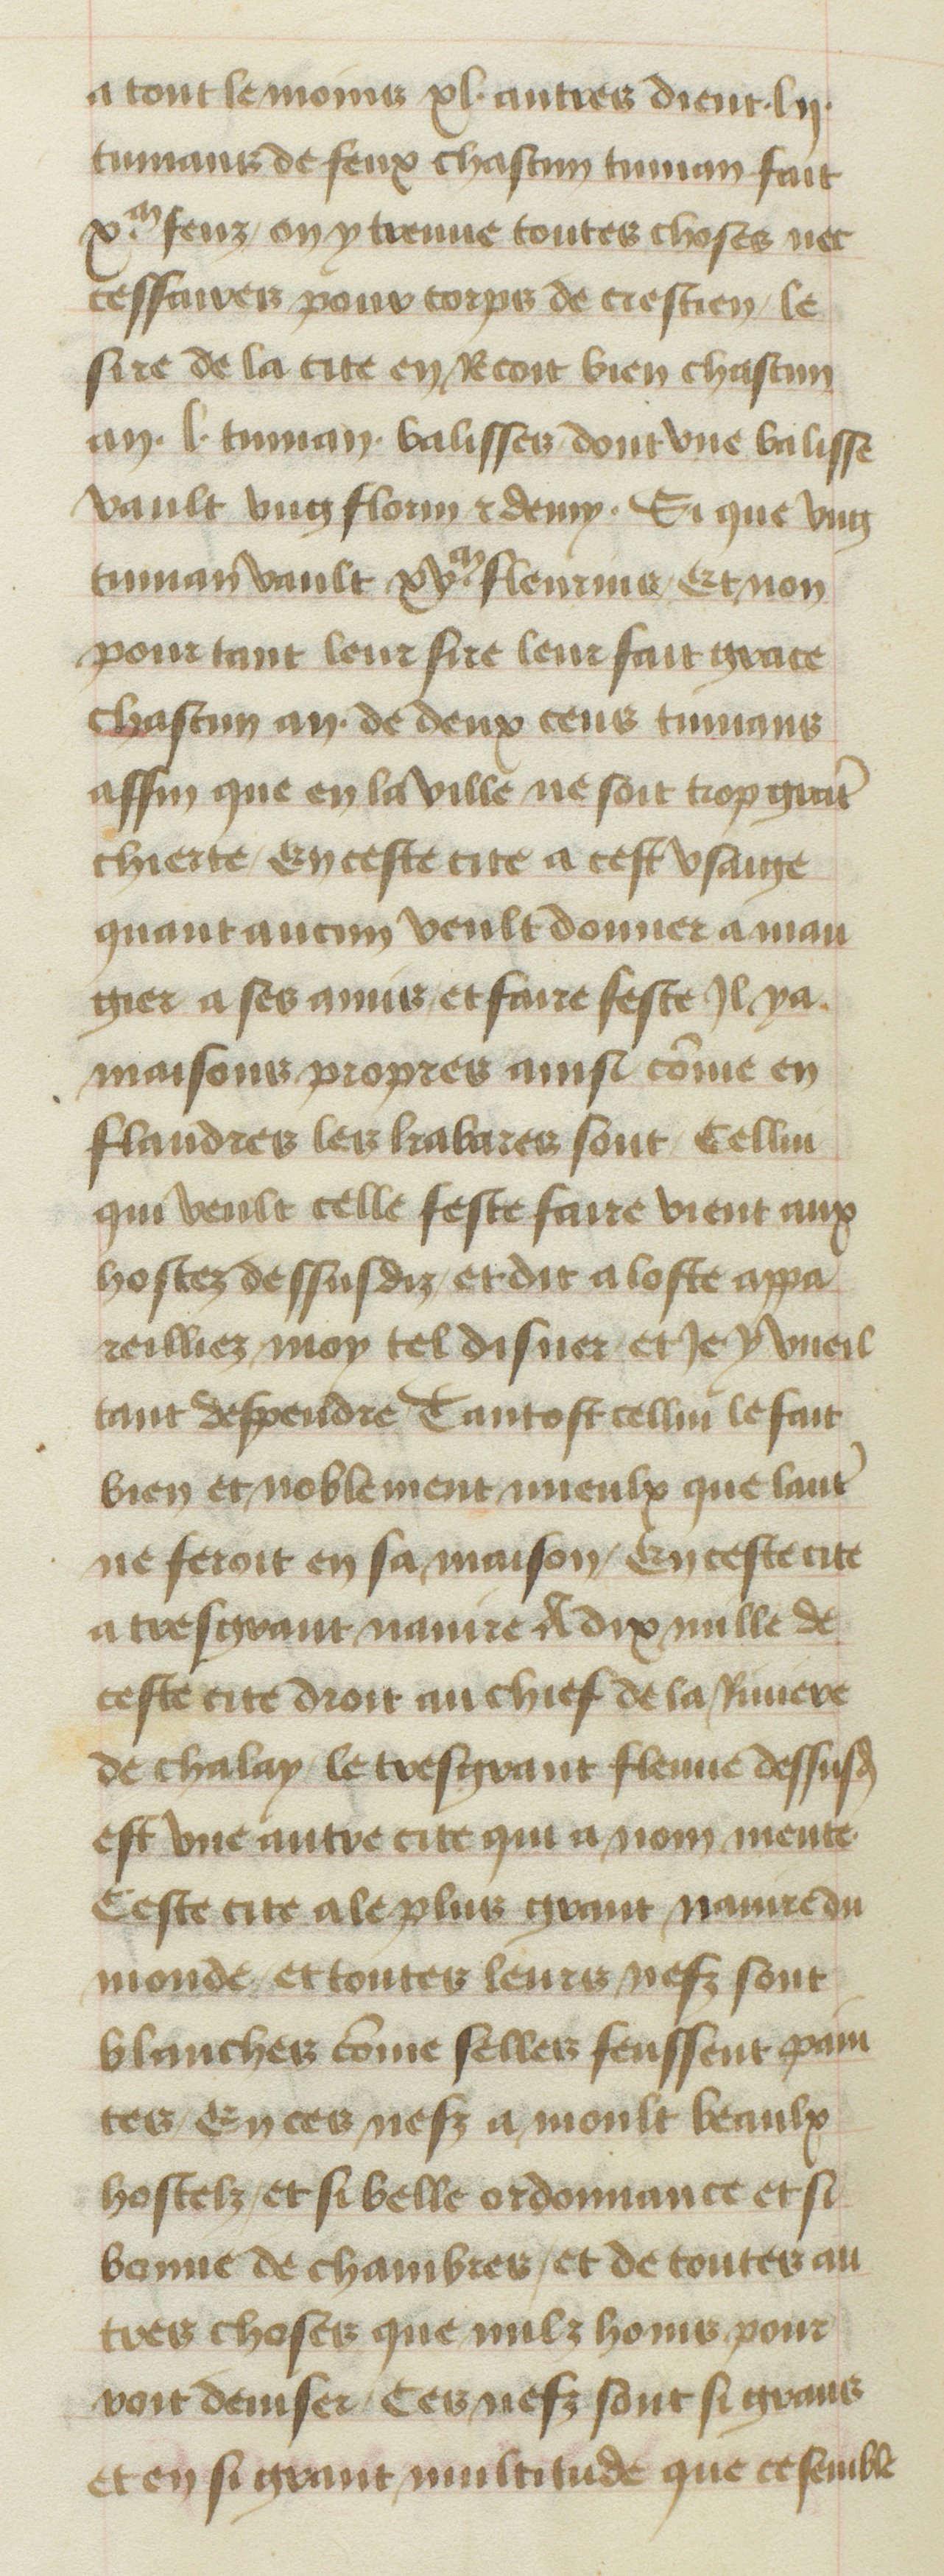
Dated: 1400–1449